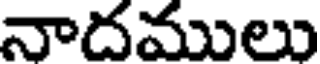
నాదములు